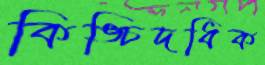
কিঙ্চিদধিক